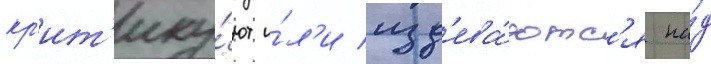
кр'ит'ику́ют и́л'и изд'ева́ютс'я на́д